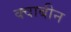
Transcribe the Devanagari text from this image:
क्वाबीन